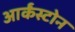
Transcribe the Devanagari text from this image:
आर्कंस्टोन